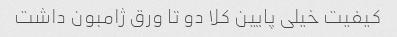
کیفیت خیلی پایین کلا دو تا ورق ژامبون داشت